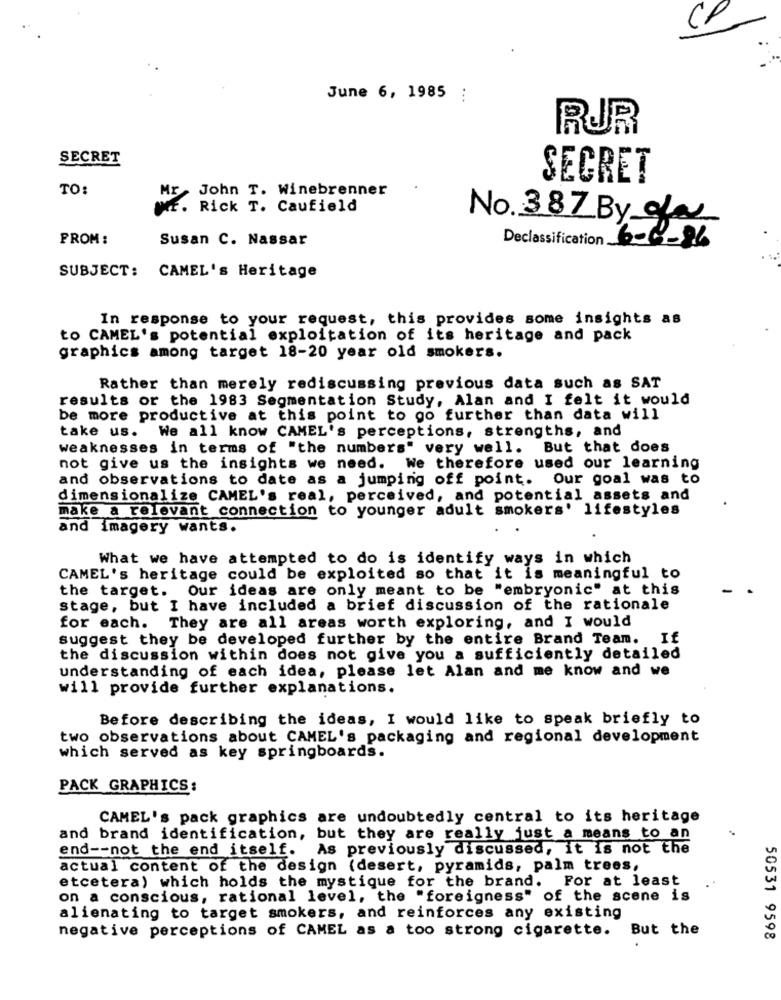
June 6, 1985 :
RUR
SECRET
SECRET
TO:
John T. Winebrenner
Rick T. Caufield
No. 387 By of
FROM :
Susan C. Nassar
Declassification 6-6-86
SUBJECT: CAMEL's Heritage
In response to your request, this provides some insights as
to CAMEL's potential exploitation of its heritage and pack
graphics among target 18-20 year old smokers.
Rather than merely rediscussing previous data such as SAT
results or the 1983 Segmentation Study, Alan and I felt it would
be more productive at this point to go further than data will
take us.
We all know CAMEL's perceptions, strengths, and
weaknesses in terms of "the numbers" very well. But that does
not give us the insights we need. We therefore used our learning
and observations to date as a jumping off point. Our goal was to
dimensionalize CAMEL's real, perceived, and potential assets and
make a relevant connection to younger adult smokers' lifestyles
and imagery wants.
What we have attempted to do is identify ways in which
CAMEL's heritage could be exploited so that it is meaningful to
the target. Our ideas are only meant to be "embryonic" at this
stage, but I have included a brief discussion of the rationale
for each. They are all areas worth exploring, and I would
suggest they be developed further by the entire Brand Team. If
the discussion within does not give you a sufficiently detailed
understanding of each idea, please let Alan and me know and we
will provide further explanations.
Before describing the ideas, I would like to speak briefly to
two observations about CAMEL's packaging and regional development
which served as key springboards.
PACK GRAPHICS:
CAMEL's pack graphics are undoubtedly central to its heritage
and brand identification, but they are really just a means to an
end -- not the end itself. As previously discussed, it is not the
actual content of the design (desert, pyramids, palm trees,
etcetera) which holds the mystique for the brand. For at least
on a conscious, rational level, the "foreigness" of the scene is
alienating to target smokers, and reinforces any existing
negative perceptions of CAMEL as a too strong cigarette.
But the
50531 9598